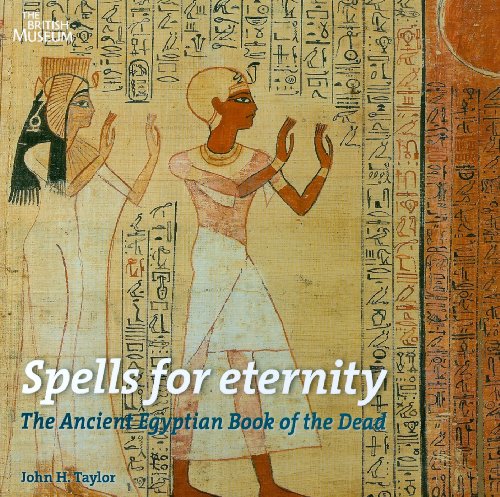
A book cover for Spells for Eternity: The Ancient Egyptian Book of the Dead; John H. Taylor; Religion & Spirituality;